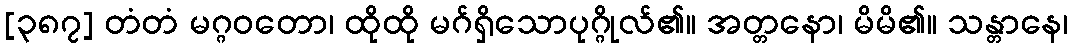
[၃၈၇] တံတံ မဂ္ဂဝတော၊ ထိုထို မဂ်ရှိသောပုဂ္ဂိုလ်၏။ အတ္တနော၊ မိမိ၏။ သန္တာနေ၊